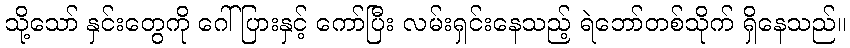
သို့သော် နှင်းတွေကို ဂေါ်ပြားနှင့် ကော်ပြီး လမ်းရှင်းနေသည့် ရဲဘော်တစ်သိုက် ရှိနေသည်။